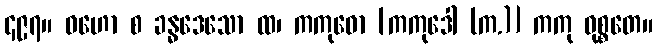
၄၉၇။ ဝဟော စ ခန္ဓဒေသော ထ၊ ကကုဓော [ကကုဒေါ (က.)] ကကု ဝုစ္စတေ။